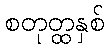
စတုတ္ထနှစ်